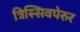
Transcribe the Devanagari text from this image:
त्रिस्सिवपेरुर